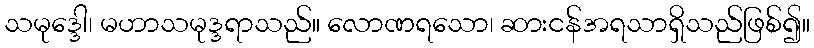
သမုဒ္ဒေါ၊ မဟာသမုဒ္ဒရာသည်။ လောဏရသော၊ ဆားငန်အရသာရှိသည်ဖြစ်၍။